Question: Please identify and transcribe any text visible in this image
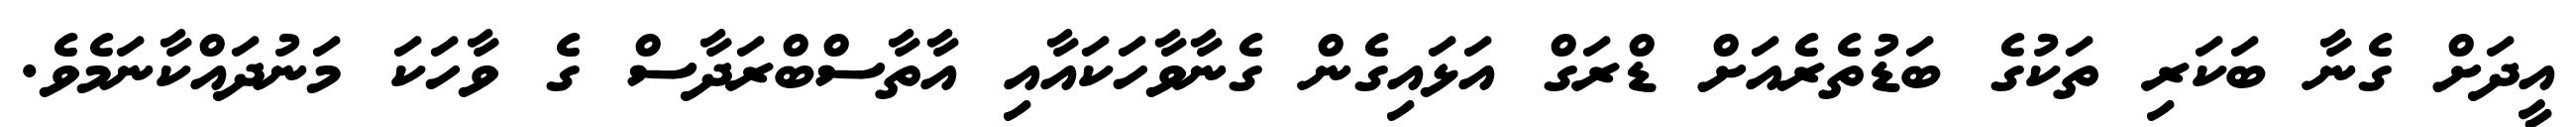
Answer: އީދަށް ގެނާ ބަކަރި ތަކުގެ ބަޑުތެރެއަށް ޑްރަގް އަޅައިގެން ގެނާވާހަކައާއި އާތާސްބްރަދާސް ގެ ވާހަކަ މަނުދައްކާނަމެވެ.